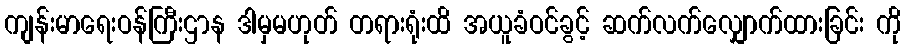
ကျန်းမာရေးဝန်ကြီးဌာန ဒါမှမဟုတ် တရားရုံးထိ အယူခံဝင်ခွင့် ဆက်လက်လျှောက်ထားခြင်း ကို